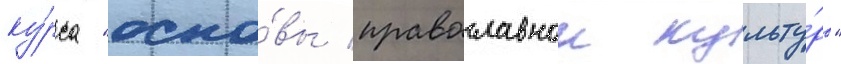
ку́рса "осно́вы православнои культу́ры"